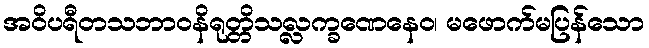
အဝိပရီတသဘာဝနိရုတ္တိသလ္လက္ခဏေနေဝ၊ မဖောက်မပြန်သော